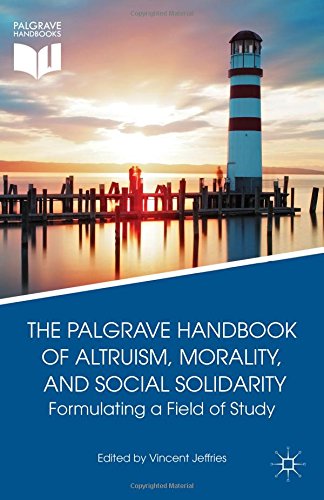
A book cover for The Palgrave Handbook of Altruism, Morality, and Social Solidarity: Formulating a Field of Study; Medical Books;